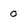
Character: 0